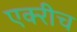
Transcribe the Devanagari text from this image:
एक्‍रीच